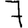
Digit: 7